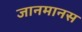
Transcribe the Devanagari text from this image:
जानमानस